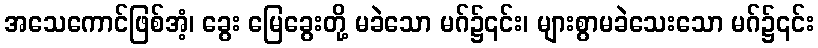
အသေကောင်ဖြစ်အံ့၊ ခွေး မြေခွေးတို့ မခဲသော မဂ်၌၎င်း၊ များစွာမခဲသေးသော မဂ်၌၎င်း